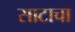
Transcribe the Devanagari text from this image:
साटाचा